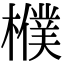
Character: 㯷